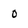
Character: 0